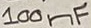
Text: 100nF